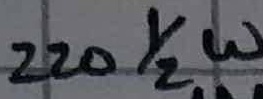
Text: 220 1/2W